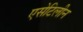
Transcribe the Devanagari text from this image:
एसेटिलीन